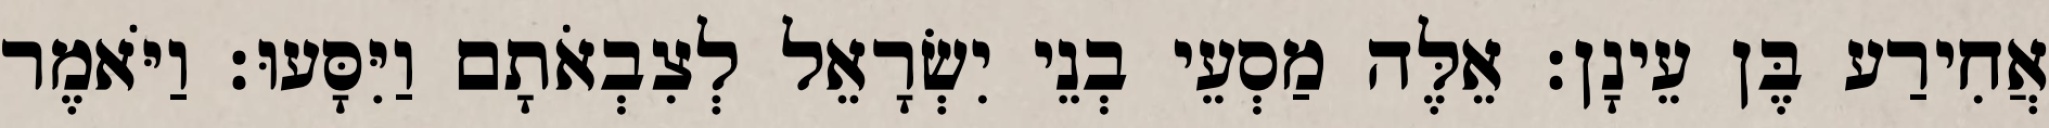
אֲחִירַע בֶּן עֵינָן׃ אֵלֶּה מַסְעֵי בְנֵי יִשְׂרָאֵל לְצִבְאֹתָם וַיִּסָּעוּ׃ וַיֹּאמֶר